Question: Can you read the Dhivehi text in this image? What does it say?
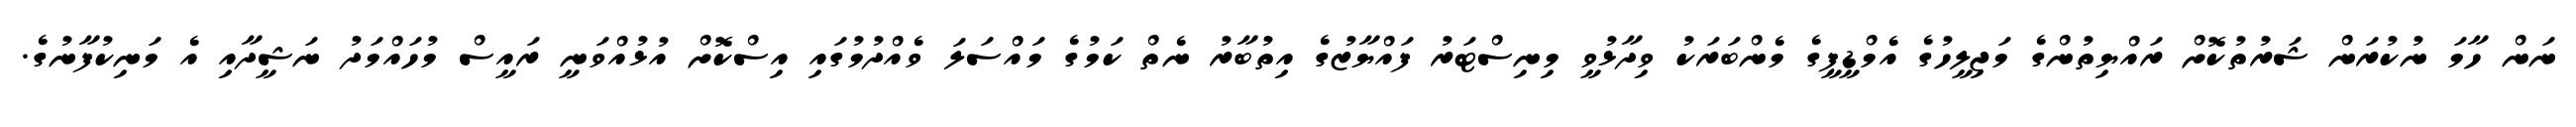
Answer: ނަން ހާމަ ނުކުރަން ޝަރުތުކޮށް ރައްޔިތުންގެ މަޖިލީހުގެ އެމްޑީޕީގެ މެންބަރަކު ވިދާޅުވީ މިނިސްޓަރު ފައްޔާޒުގެ އިތުބާރު ނެތް ކަމުގެ މައްސަލަ ވެއްދުމުގައި އިސްކޮށް އުޅުއްވަނީ ރައީސް މުހައްމަދު ނަޝީދާއި އެ މަނިކުފާނުގެ.